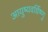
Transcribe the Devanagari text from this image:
आयुष्यवर्धिष्णु